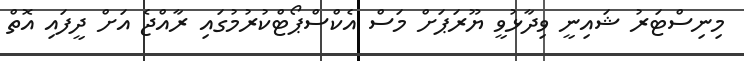
މިނިސްޓަރު ޝައިނީ ވިދާޅުވީ ޔޫރަޕަށް މަސް އެކްސްޕޯޓްކުރުމުގައި ރާއްޖެ އަށް ދީފައި އޮތް